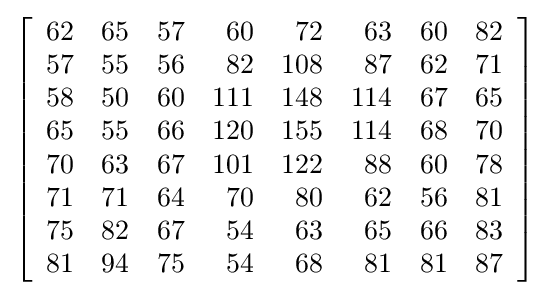
\left[{\begin{array}{rrrrrrrr}62&65&57&60&72&63&60&82\\57&55&56&82&108&87&62&71\\58&50&60&111&148&114&67&65\\65&55&66&120&155&114&68&70\\70&63&67&101&122&88&60&78\\71&71&64&70&80&62&56&81\\75&82&67&54&63&65&66&83\\81&94&75&54&68&81&81&87\end{array}}\right]